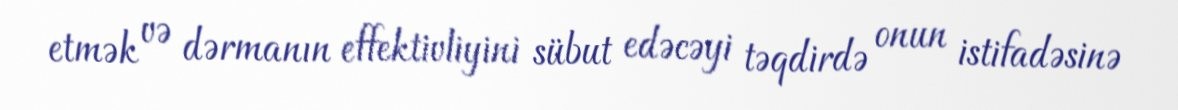
etmək və dərmanın effektivliyini sübut edəcəyi təqdirdə onun istifadəsinə